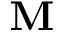
\mathbf { M }